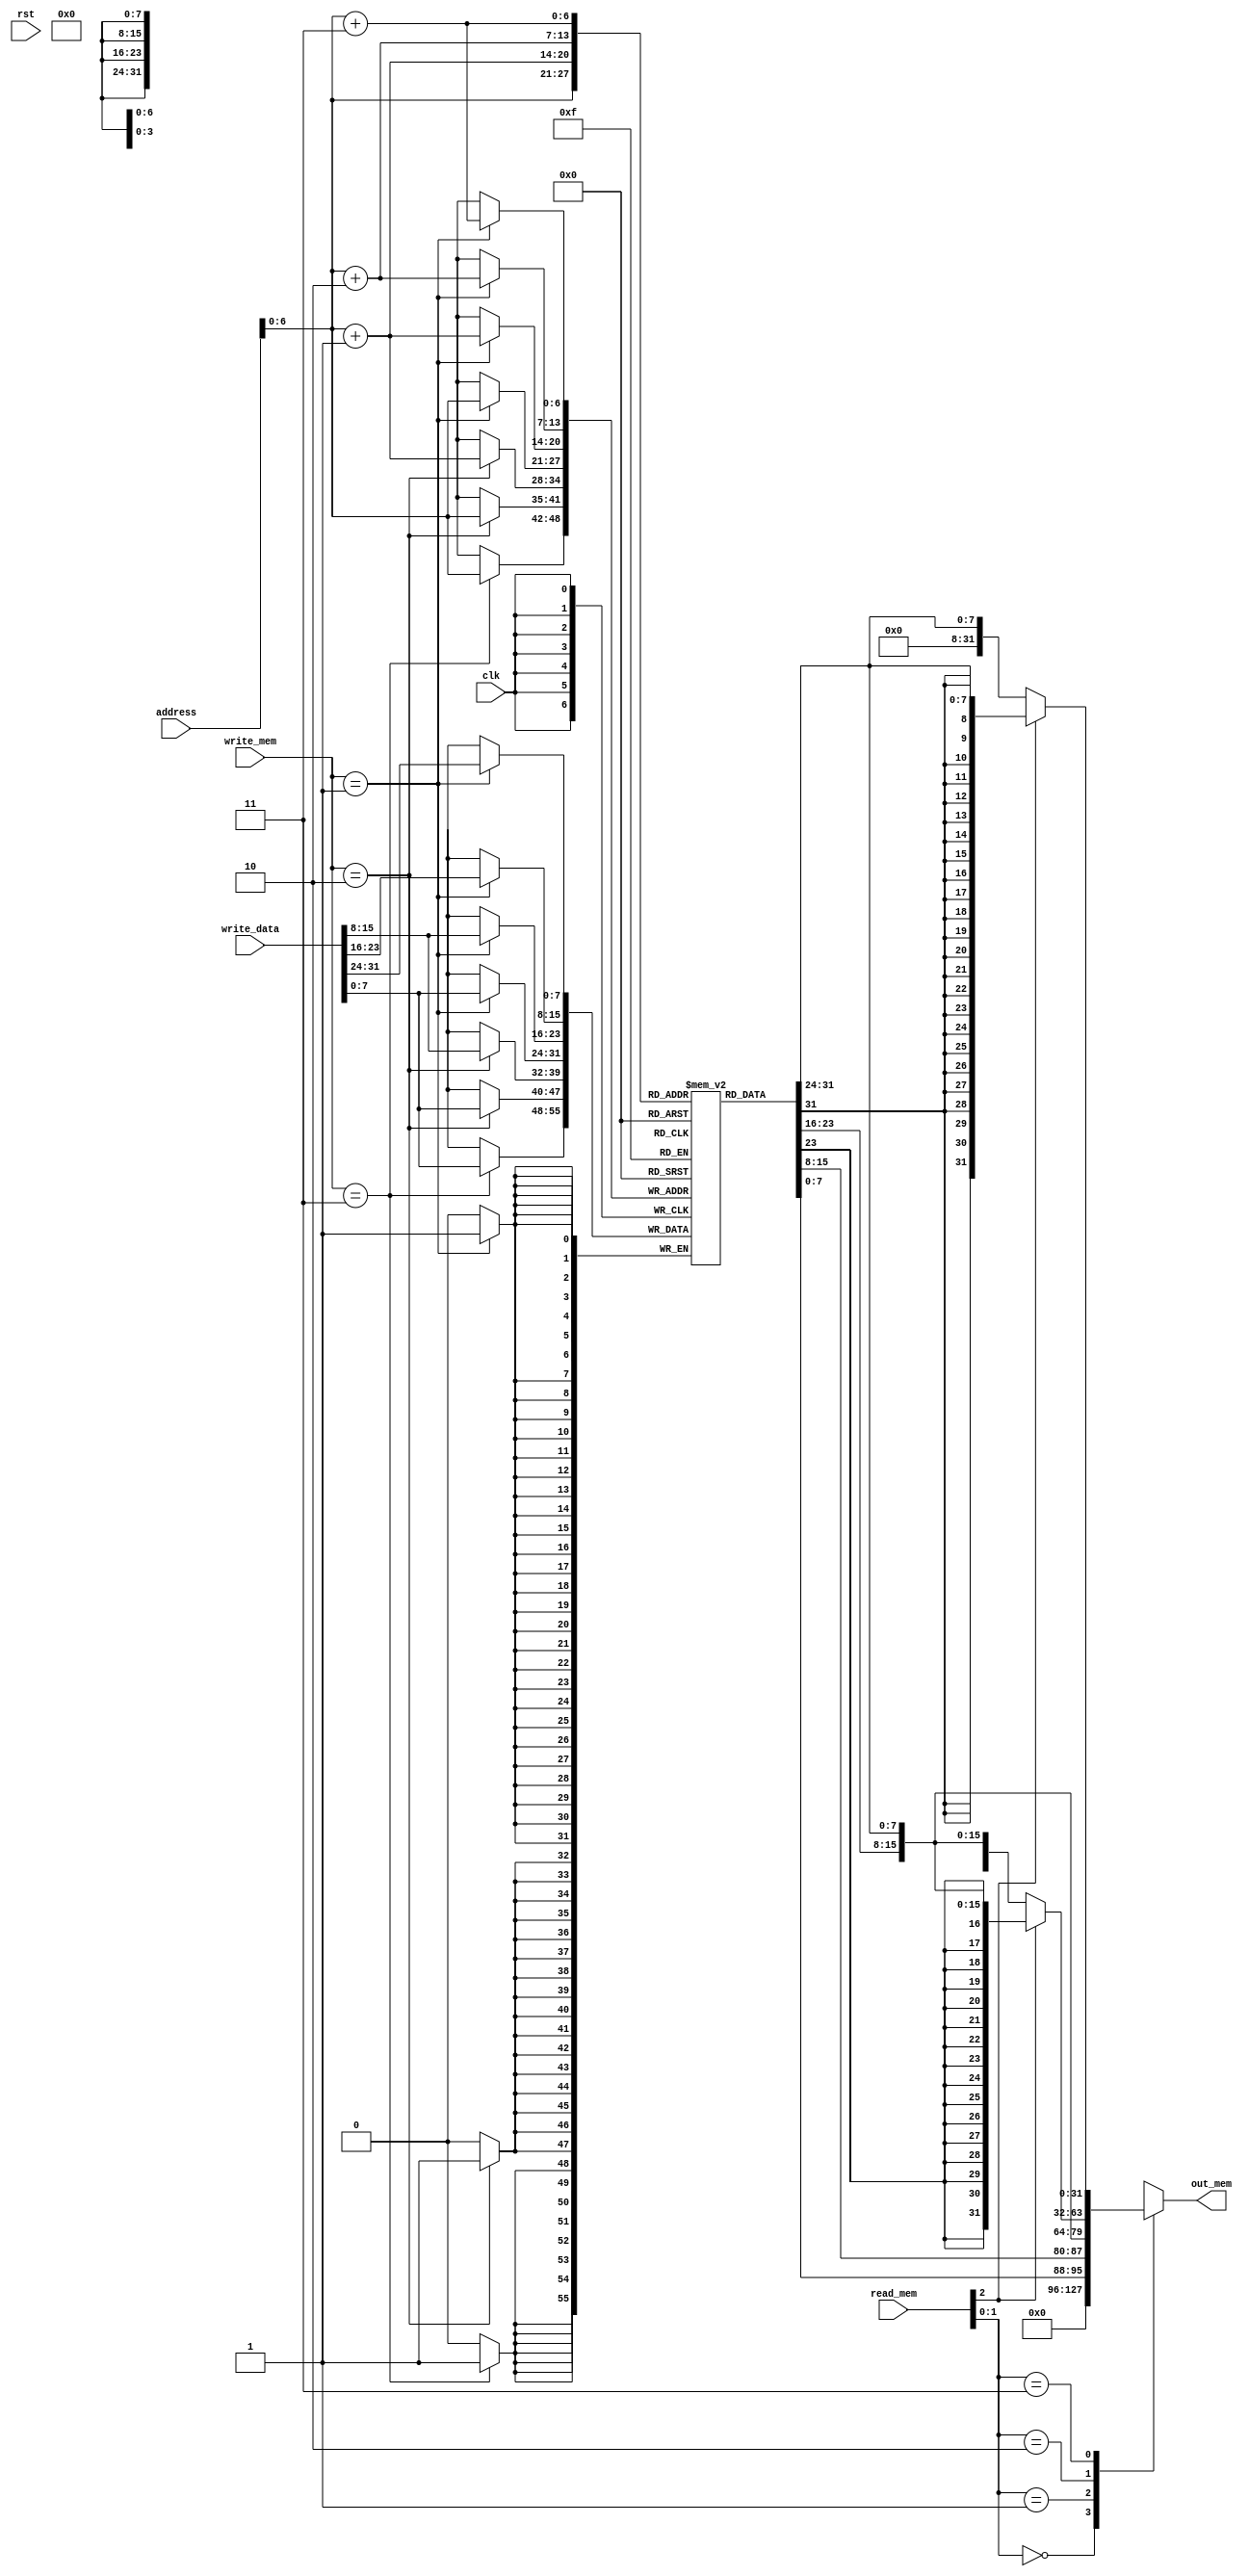
module data_mem(
    input clk, rst, 
    input [1: 0] write_mem, 
    input [2: 0] read_mem,

    input [31: 0] address, write_data,

    output reg [31: 0] out_mem
);

reg [7: 0] data [127: 0];

always @(*) begin
    case (read_mem[1: 0])
        2'b00:begin
            out_mem = 32'b0;
        end
        2'b01:begin
            out_mem = {data[address + 3], data[address + 2], data[address + 1], data[address]};
        end
        2'b10:begin
            if(read_mem[2]) out_mem = {{16{data[address + 1][7]}}, data[address + 1], data[address]};
            else out_mem = {16'b0, data[address + 1], data[address]};
        end
        2'b11:begin
            if(read_mem[2]) out_mem = {{24{data[address][7]}}, data[address]};
            else out_mem = {24'b0, data[address]};
        end 
        default:begin
            out_mem = 32'b0;
        end
    endcase
end

always @(posedge clk) begin
    case (write_mem)
        2'b01:begin
            data[address + 3] = write_data[31: 24];
            data[address + 2] = write_data[23: 16];
            data[address + 1] = write_data[15: 8];
            data[address] = write_data[7: 0];
        end
        2'b10:begin
            data[address + 1] = write_data[15: 8];
            data[address] = write_data[7: 0];
        end
        2'b11:begin
            data[address] = write_data[7: 0];
        end 
        default: begin
            
        end
    endcase
end
endmodule